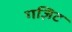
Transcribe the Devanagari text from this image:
गज़िट